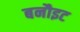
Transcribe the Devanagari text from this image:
बनौइट